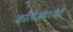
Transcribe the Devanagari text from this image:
काॅलेजमध्येही